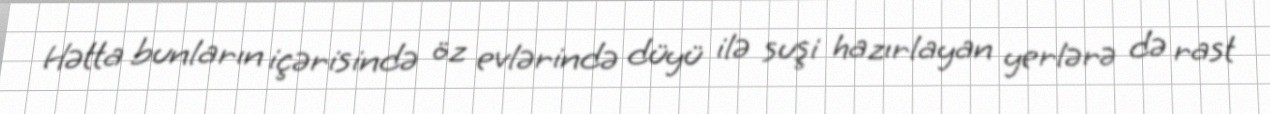
Hətta bunların içərisində öz evlərində düyü ilə suşi hazırlayan yerlərə də rast